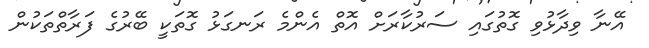
އޭނާ ވިދާޅުވި ގޮތުގައި ސަރުކާރަށް އޮތް އެންމެ ރަނގަޅު ގޮތަކީ ބޭރުގެ ފަރާތްތަކުން